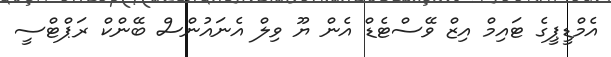
އެމްޑީޕީގެ ޓައިމް އިޒް ވޭސްޓެޑް އެން ޔޫ ވިލް އެނައުންސް ބޭންކް ރަޕްޓްސީ